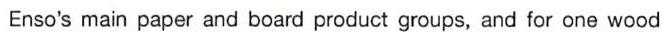
Enso's main paper and board product groups, and for one wood